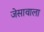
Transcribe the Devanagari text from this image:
जेसावाला